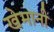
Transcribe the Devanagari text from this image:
खेमानी